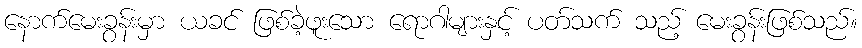
နောက်မေးခွန်းမှာ ယခင် ဖြစ်ခဲ့ဖူးသော ရောဂါများနှင့် ပတ်သက် သည့် မေးခွန်းဖြစ်သည်။